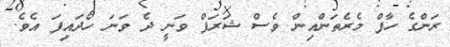
ރަންގެ ހާފް މެރެތަންއިން ވެސް ޝަރަފް ވަނީ ދެ ވަނަ ހޯދައިފަ އެވެ.